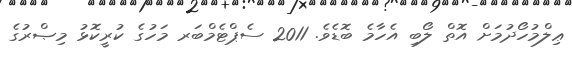
ޢިލްމުހޯދުމަށް އޮތް ލޯބި އެހާމެ ބޮޑެވެ. 2011 ސެޕްޓެމްބަރ މަހުގެ ކުރީކޮޅު މިޞްރުގެ